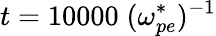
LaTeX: t=10000\; (\omega_{pe}^{*})^{-1}